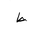
Letter: _da